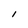
Character: I